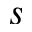
s